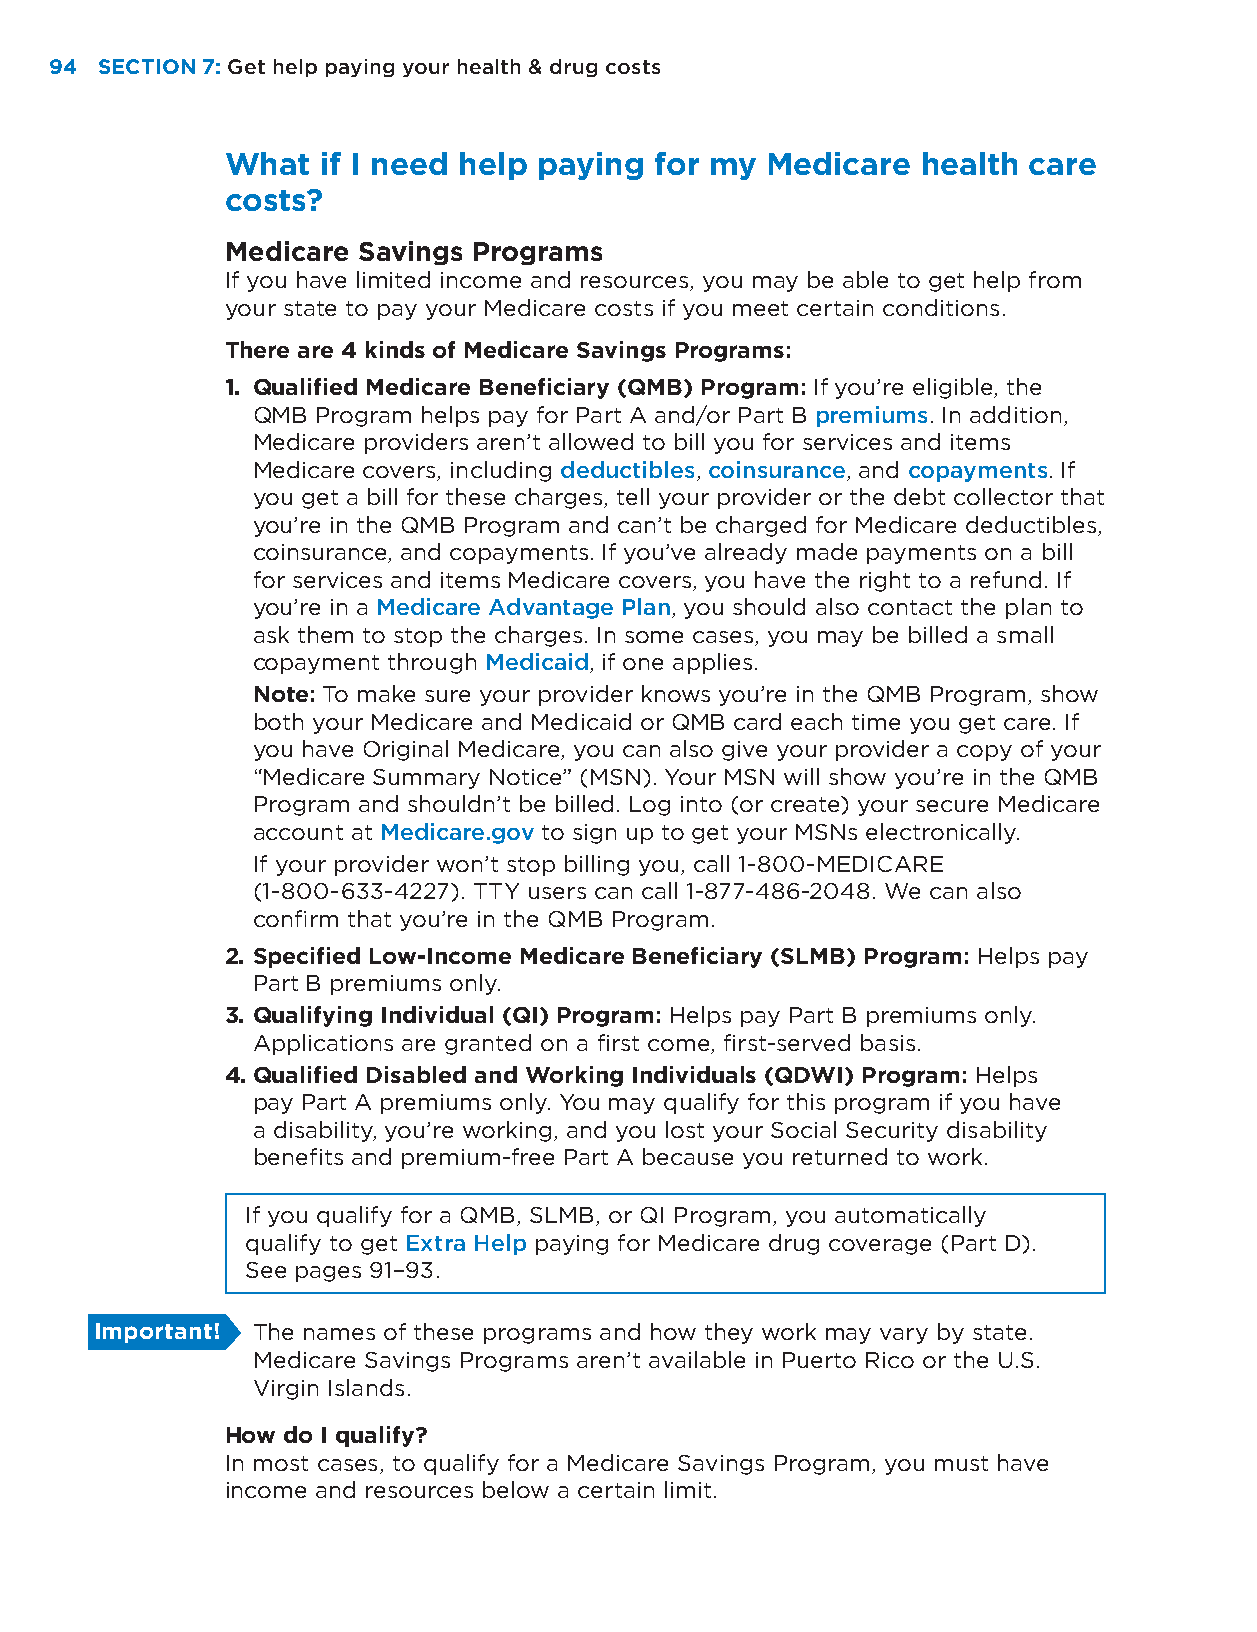
94 SECTION 7: Get help paying your health & drug costs
 What  if I need help paying for my  Medicare  health care
 costs?
 Medicare Savings Programs
 If you have limited income and resources, you may be able to get help from
 your state to pay your Medicare costs if you meet certain conditions.
 There are 4 kinds of Medicare Savings Programs:
 1. Qualified Medicare Beneficiary (QMB) Program: If you’re eligible, the
 QMB Program helps pay for Part A and/or Part B premiums. In addition,
 Medicare providers aren’t allowed to bill you for services and items
 Medicare covers, including deductibles, coinsurance, and copayments. If
 you get a bill for these charges, tell your provider or the debt collector that
 you’re in the QMB Program and can’t be charged for Medicare deductibles,
 coinsurance, and copayments. If you’ve already made payments on a bill
 for services and items Medicare covers, you have the right to a refund. If
 you’re in a Medicare Advantage Plan, you should also contact the plan to
 ask them to stop the charges. In some cases, you may be billed a small
 copayment through Medicaid, if one applies.
 Note: To make sure your provider knows you’re in the QMB Program, show
 both your Medicare and Medicaid or QMB card each time you get care. If
 you have Original Medicare, you can also give your provider a copy of your
 “Medicare Summary Notice” (MSN). Your MSN will show you’re in the QMB
 Program and shouldn’t be billed. Log into (or create) your secure Medicare
 account at Medicare.gov to sign up to get your MSNs electronically.
 If your provider won’t stop billing you, call 1-800-MEDICARE
 (1-800-633-4227). TTY users can call 1-877-486-2048. We can also
 confirm that you’re in the QMB Program.
 2. Specified Low-Income Medicare Beneficiary (SLMB) Program: Helps pay
 Part B premiums only.
 3. Qualifying Individual (QI) Program: Helps pay Part B premiums only.
 Applications are granted on a first come, first-served basis.
 4. Qualified Disabled and Working Individuals (QDWI) Program: Helps
 pay Part A premiums only. You may qualify for this program if you have
 a disability, you’re working, and you lost your Social Security disability
 benefits and premium-free Part A because you returned to work.
 If you qualify for a QMB, SLMB, or QI Program, you automatically
 qualify to get Extra Help paying for Medicare drug coverage (Part D).
 See pages 91–93.
 Important! The names of these programs and how they work may vary by state.
 Medicare Savings Programs aren’t available in Puerto Rico or the U.S.
 Virgin Islands.
 How do I qualify?
 In most cases, to qualify for a Medicare Savings Program, you must have
 income and resources below a certain limit.